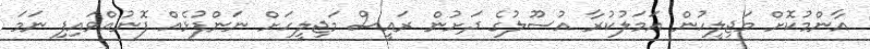
އާންމުކޮށް މަޖިލީހުން އަމަލުކުރާ އުސޫލުގެ ދަށުން ރައީސް މަޖިލީހަށް ނަންފުޅެއް ފޮނުއްވައިފި ނަމަ